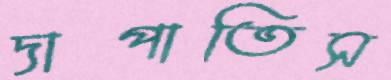
দাপাতিস